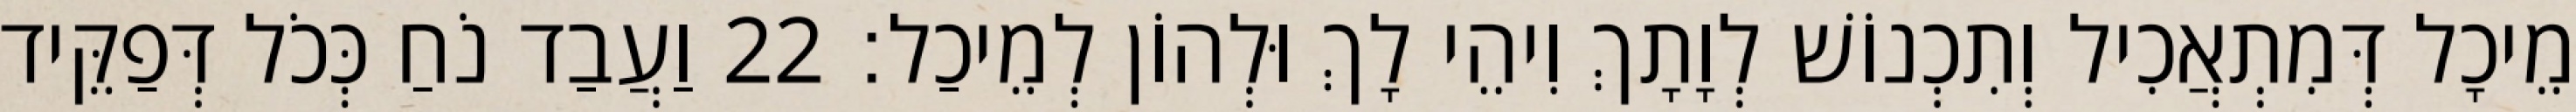
מֵיכָל דְּמִתְאֲכִיל וְתִכְנוֹשׁ לְוָתָךְ וִיהֵי לָךְ וּלְהוֹן לְמֵיכַל׃ 22 וַעֲבַד נֹחַ כְּכֹל דְּפַקֵּיד